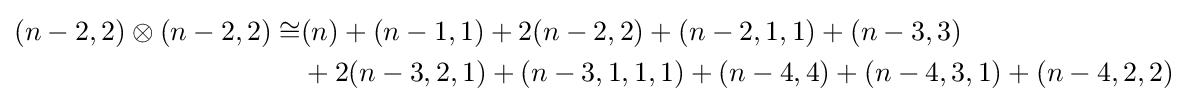
{\begin{aligned}(n-2,2)\otimes (n-2,2)\cong &(n)+(n-1,1)+2(n-2,2)+(n-2,1,1)+(n-3,3)\\&+2(n-3,2,1)+(n-3,1,1,1)+(n-4,4)+(n-4,3,1)+(n-4,2,2)\end{aligned}}